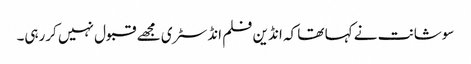
سوشانت نے کہا تھا کہ انڈین فلم انڈسٹری مجھے قبول نہیں کررہی۔